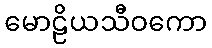
မောဠိယသီဝကော